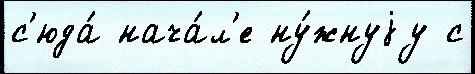
с'юда́ нача́л'е ну́жнуjу с